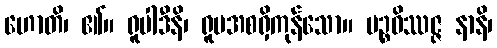
ဟောတိ၊ ၏။ ရူပါဒီနိ၊ ရူပအစရှိကုန်သော။ ပဉ္စဝိဿဇ္ဇ နာနိ၊